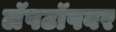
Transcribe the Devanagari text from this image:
लॅपटॉपवर